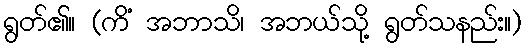
ရွတ်၏။ (ကိံ အဘာသိ၊ အဘယ်သို့ ရွတ်သနည်း။)